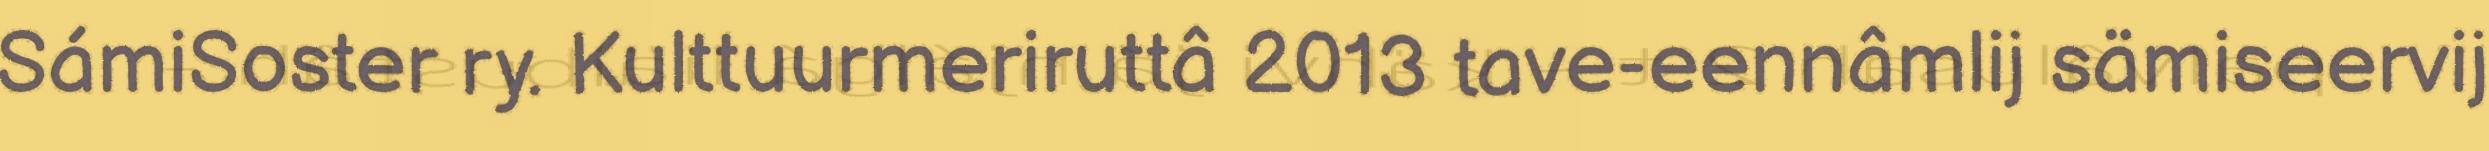
SámiSoster ry. Kulttuurmeriruttâ 2013 tave-eennâmlij sämiseervij